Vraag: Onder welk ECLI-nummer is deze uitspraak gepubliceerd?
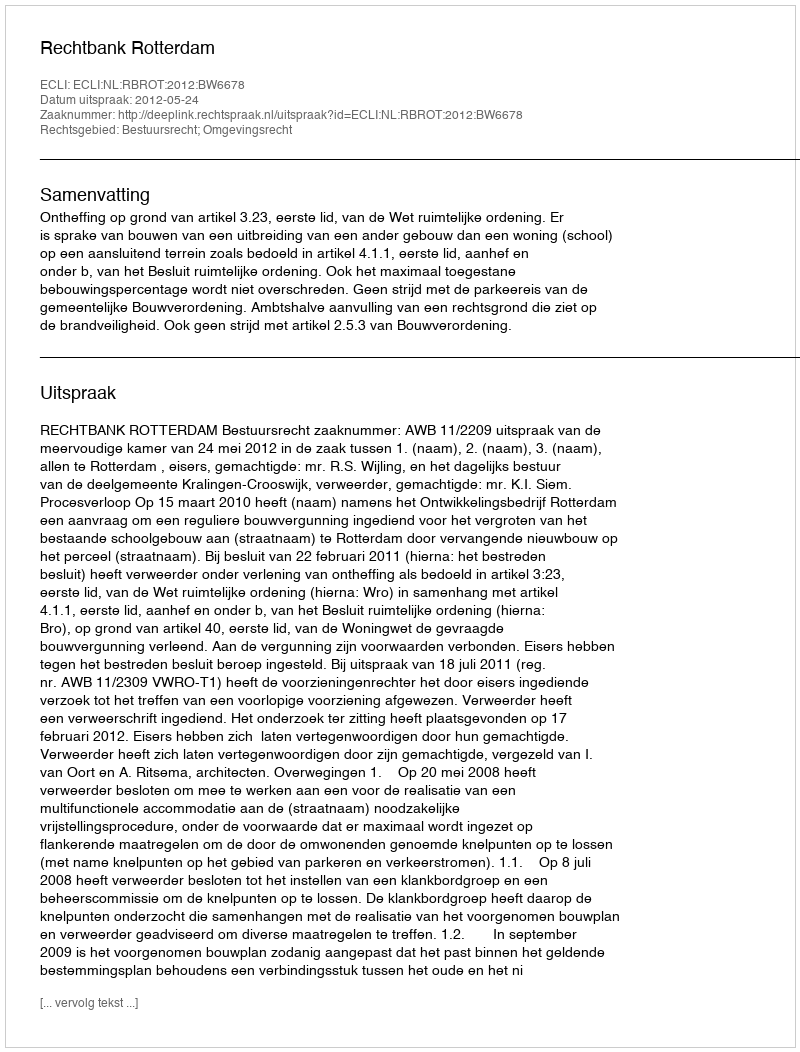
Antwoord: ECLI:NL:RBROT:2012:BW6678